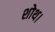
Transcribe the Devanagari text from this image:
शोथ।